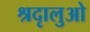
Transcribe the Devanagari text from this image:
श्रदृालुओ